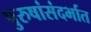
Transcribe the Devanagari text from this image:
पुरुषांसंदर्भात